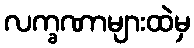
လက္ခဏာများထဲမှ